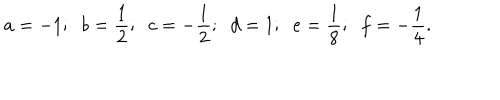
a = - 1 ; \; \; b = \frac 1 2 ; \; \; c = - \frac 1 2 ; \; \; d = 1 ; \; \; e = \frac 1 8 ; \; \; f = - \frac 1 4 .